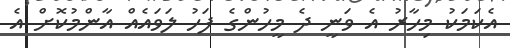
އެކަމަކު މިހާރު އެ ވަނީ ދެ މީހުންގެ ފަހު ލަވައެއް އާންމުކޮށް އެ